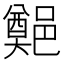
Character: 𨞀